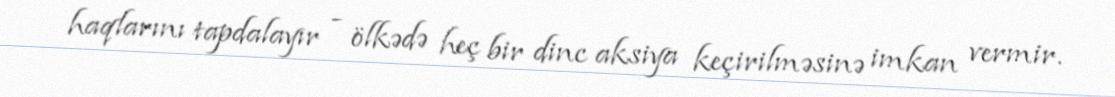
haqlarını tapdalayır - ölkədə heç bir dinc aksiya keçirilməsinə imkan vermir.